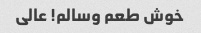
خوش طعم وسالم! عالی